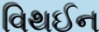
વિથઈન